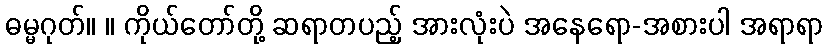
ဓမ္မဂုတ်။ ။ ကိုယ်တော်တို့ ဆရာတပည့် အားလုံးပဲ အနေရော-အစားပါ အရာရာ